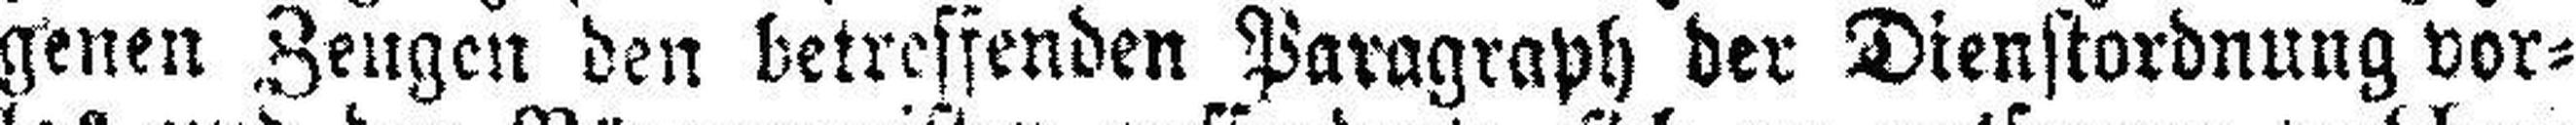
genen Zeugen den betreffenden Paragraph der Dienstordnung vor¬